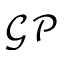
\mathcal { G P }